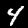
Label: 4